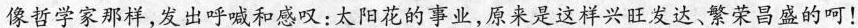
像哲学家那样，发出呼喊和感叹：太阳花的事业，原来是这样兴旺发达、繁荣昌盛的呵！